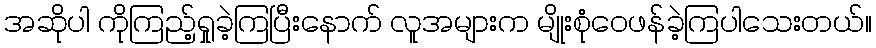
အဆိုပါ ကိုကြည့်ရှုခဲ့ကြပြီးနောက် လူအများက မျိုးစုံဝေဖန်ခဲ့ကြပါသေးတယ်။